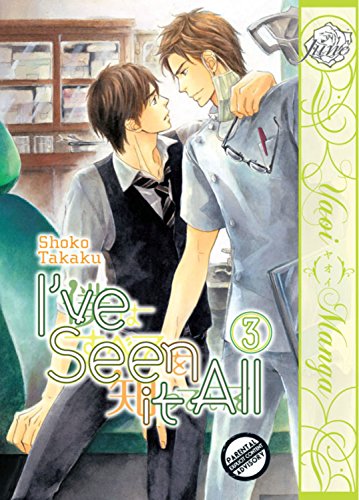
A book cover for I've Seen It All Volume 3 (Yaoi Manga) (I've Seen It All (Yaoi Manga)); Shoko Takaku; Comics & Graphic Novels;